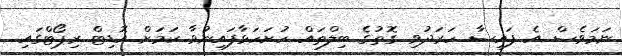
ނަމަވެސް އެ ފައިސާ ހަރަދުވި ގޮތުގެ ބިލްތައް ހުށަހަޅާފައިނުވާ ކަަމަށް އޮޑިޓް ރިޕޯޓްގައި